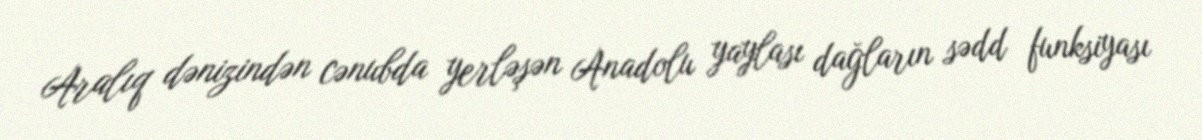
Aralıq dənizindən cənubda yerləşən Anadolu yaylası dağların sədd funksiyası